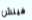
فينش